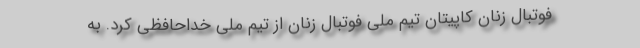
فوتبال زنان کاپیتان تیم ملی فوتبال زنان از تیم ملی خداحافظی کرد. به